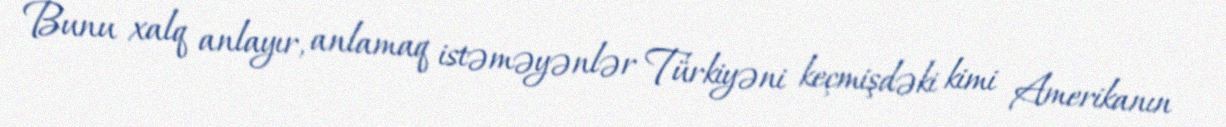
Bunu xalq anlayır, anlamaq istəməyənlər Türkiyəni keçmişdəki kimi Amerikanın